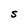
Character: S